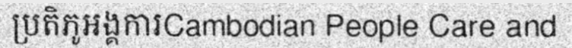
ប្រតិភូអង្គការCambodian People Care and